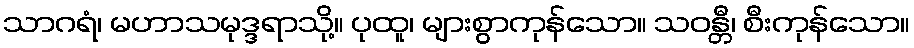
သာဂရံ၊ မဟာသမုဒ္ဒရာသို့။ ပုထူ၊ များစွာကုန်သော။ သဝန္တီ၊ စီးကုန်သော။